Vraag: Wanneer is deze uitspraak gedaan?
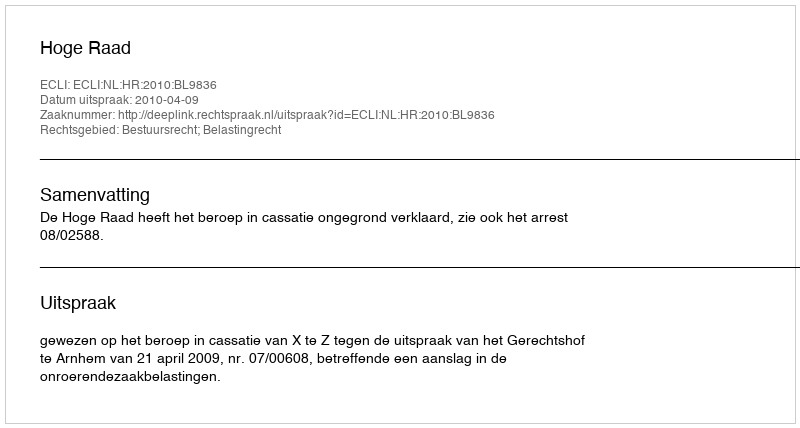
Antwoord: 2010-04-09